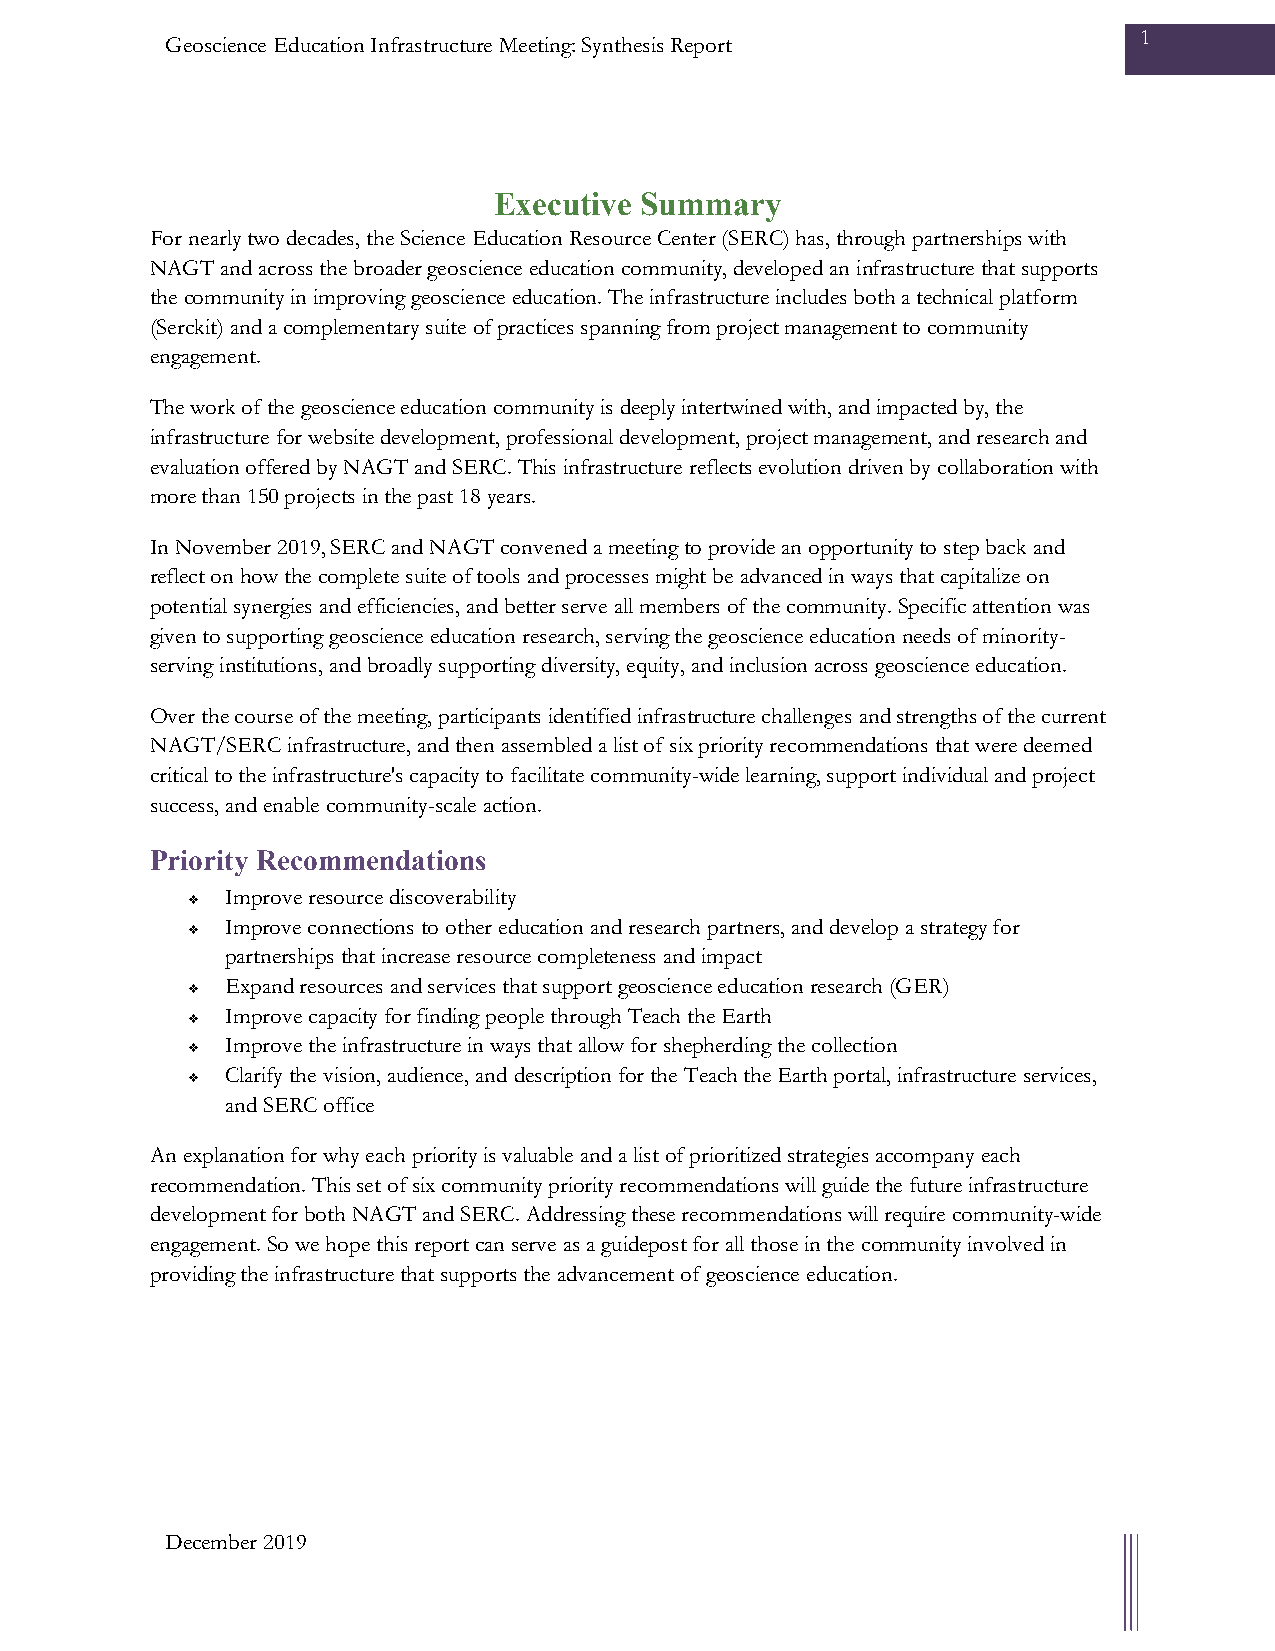
1
 Geoscience Education Infrastructure Meeting: Synthesis Report
 Executive Summary
 For nearly two decades, the Science Education Resource Center (SERC) has, through partnerships with
 NAGT and across the broader geoscience education community, developed an infrastructure that supports
 the community in improving geoscience education. The infrastructure includes both a technical platform
 (Serckit) and a complementary suite of practices spanning from project management to community
 engagement.
 The work of the geoscience education community is deeply intertwined with, and impacted by, the
 infrastructure for website development, professional development, project management, and research and
 evaluation offered by NAGT and SERC. This infrastructure reflects evolution driven by collaboration with
 more than 150 projects in the past 18 years.
 In November 2019, SERC and NAGT convened a meeting to provide an opportunity to step back and
 reflect on how the complete suite of tools and processes might be advanced in ways that capitalize on
 potential synergies and efficiencies, and better serve all members of the community. Specific attention was
 given to supporting geoscience education research, serving the geoscience education needs of minority-
 serving institutions, and broadly supporting diversity, equity, and inclusion across geoscience education.
 Over the course of the meeting, participants identified infrastructure challenges and strengths of the current
 NAGT/SERC infrastructure, and then assembled a list of six priority recommendations that were deemed
 critical to the infrastructure's capacity to facilitate community-wide learning, support individual and project
 success, and enable community-scale action.
 Priority Recommendations
   Improve resource discoverability
   Improve connections to other education and research partners, and develop a strategy for
 partnerships that increase resource completeness and impact
   Expand resources and services that support geoscience education research (GER)
   Improve capacity for finding people through Teach the Earth
   Improve the infrastructure in ways that allow for shepherding the collection
   Clarify the vision, audience, and description for the Teach the Earth portal, infrastructure services,
 and SERC office
 An explanation for why each priority is valuable and a list of prioritized strategies accompany each
 recommendation. This set of six community priority recommendations will guide the future infrastructure
 development for both NAGT and SERC. Addressing these recommendations will require community-wide
 engagement. So we hope this report can serve as a guidepost for all those in the community involved in
 providing the infrastructure that supports the advancement of geoscience education.
 December 2019